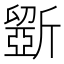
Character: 斵